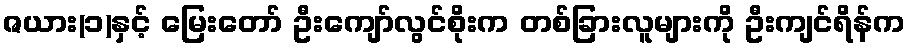
ဇယား(၁)နှင့် မြေးတော် ဦးကျော်လွင်စိုးက တစ်ခြားလူများကို ဦးကျင်ရိန်က